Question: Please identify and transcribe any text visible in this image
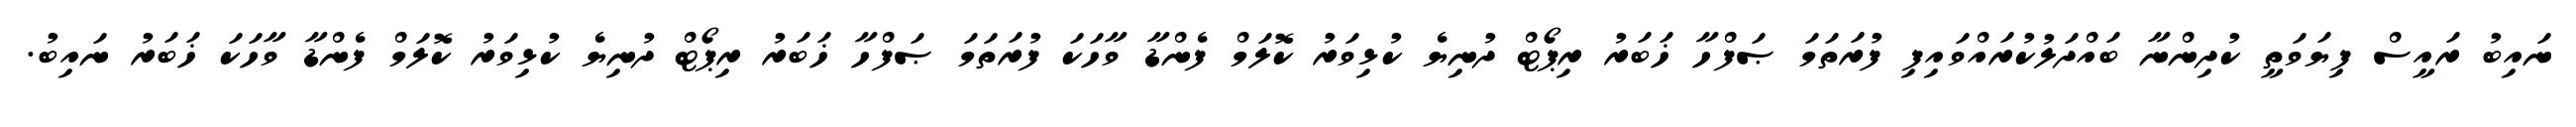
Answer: ނައިބު ރައީސް ފިޔަވަތީ ކުދިންނާ ބައްދަލުކުރައްވައިފި ފުރަތަމަ ޞަފްހާ ޚަބަރު ރިޕޯޓް ދުނިޔެ ކުޅިވަރު ކޮލަމް ފެންޑާ ވާހަކަ ފުރަތަމަ ޞަފްހާ ޚަބަރު ރިޕޯޓް ދުނިޔެ ކުޅިވަރު ކޮލަމް ފެންޑާ ވާހަކަ ޚަބަރު ނައިބު.